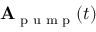
\mathbf { A } _ { \textrm { p u m p } } ( t )